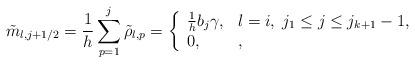
LaTeX: \begin{align*}\tilde m_{l,j+1/2} =\frac{1}{h}\sum_{p=1}^j\tilde \rho_{l,p} = \left\{ \begin{array}{ll} \frac{1}{h}b_j \gamma, & l=i, \; j_1\leq j\leq j_{k+1}-1,\\ 0, & ,\end{array}\right.\end{align*}